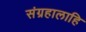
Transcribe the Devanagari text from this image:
संग्रहालाहि